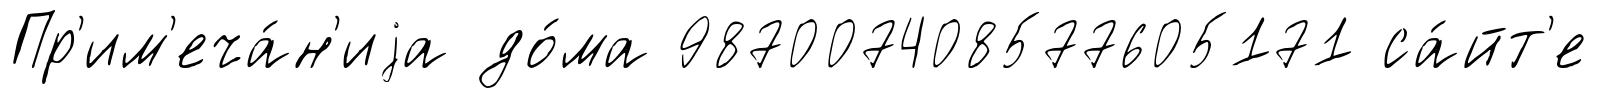
Пр'им'еча́н'иjа до́ма 987007408577605171 са́йт'е